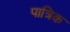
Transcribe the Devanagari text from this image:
पात्रिक